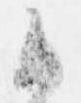
御